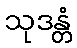
သုဒန္တံ